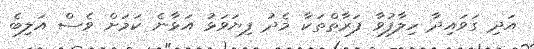
އަދި ގަވައިދާ ހިލާފުވާ ފަރާތްތަކާ މެދު ފިޔަވަޅު އަޅާނެ ކަމަށް ވެސް އަލިބެ